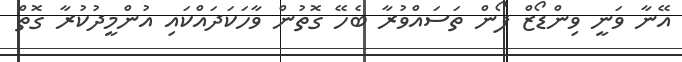
އޭނާ ވަނީ ވިންޑޯޒް ފޯން ތަސައްވުރާ ބެހޭ ގޮތުން ވާހަކަދައްކައި އުންމީދުކުރާ ގޮތް